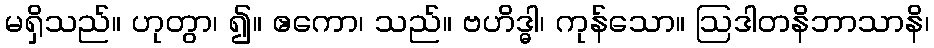
မရှိသည်။ ဟုတွာ၊ ၍။ ဧကော၊ သည်။ ဗဟိဒ္ဓါ၊ ကုန်သော။ ဩဒါတနိဘာသာနိ၊